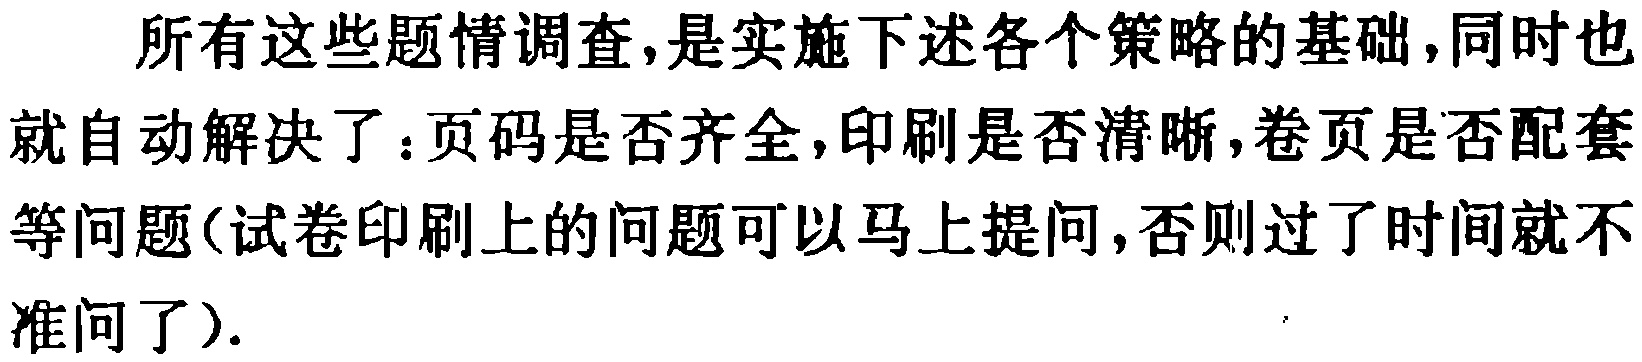
所有这些题情调查,是实施下述各个策略的基础,同时也就自动解决了：页码是否齐全,印刷是否清晰,卷页是否配套等问题(试卷印刷上的问题可以马上提问,否则过了时间就不准问了).